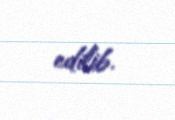
edilib.